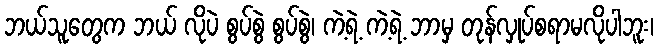
ဘယ်သူတွေက ဘယ် လိုပဲ စွပ်စွဲ စွပ်စွဲ၊ ကဲ့ရဲ့ ကဲ့ရဲ့ ဘာမှ တုန်လှုပ်စရာမလိုပါဘူး၊